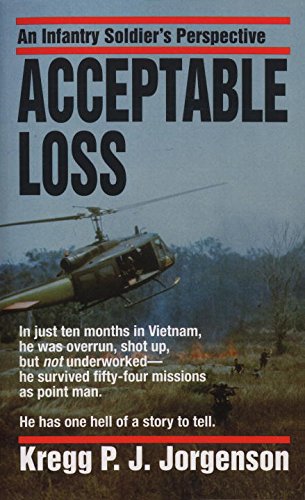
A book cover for Acceptable Loss: An Infantry Soldier's Perspective; Kregg P. Jorgenson; Biographies & Memoirs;